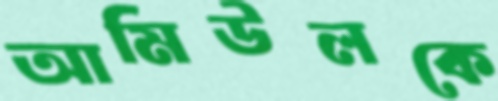
আমিউলকে